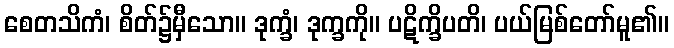
စေတသိကံ၊ စိတ်၌မှီသော။ ဒုက္ခံ၊ ဒုက္ခကို။ ပဋိက္ခိပတိ၊ ပယ်မြစ်တော်မူ၏။